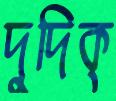
দুদিক্‌